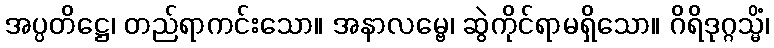
အပ္ပတိဋ္ဌေ၊ တည်ရာကင်းသော။ အနာလမ္ဗေ၊ ဆွဲကိုင်ရာမရှိသော။ ဂိရိဒုဂ္ဂသ္မိံ၊